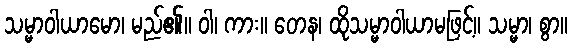
သမ္မာဝါယာမော၊ မည်၏။ ဝါ၊ ကား။ တေန၊ ထိုသမ္မာဝါယာမဖြင့်။ သမ္မာ၊ စွာ။